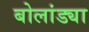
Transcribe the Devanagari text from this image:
बोलांड्या